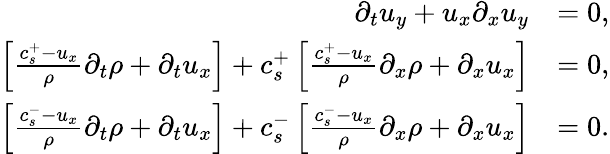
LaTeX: \begin{array}{rl}{\partial_{t}u_{y}+u_{x}\partial_{x}u_{y}}&{=0,}\\ {\left[\frac{c_{s}^{+}-u_{x}}{\rho}\partial_{t}\rho+\partial_{t}u_{x}\right]+c_{s}^{+}\left[\frac{c_{s}^{+}-u_{x}}{\rho}\partial_{x}\rho+\partial_{x}u_{x}\right]}&{=0,}\\ {\left[\frac{c_{s}^{-}-u_{x}}{\rho}\partial_{t}\rho+\partial_{t}u_{x}\right]+c_{s}^{-}\left[\frac{c_{s}^{-}-u_{x}}{\rho}\partial_{x}\rho+\partial_{x}u_{x}\right]}&{=0.}\end{array}